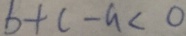
b + c - a < 0